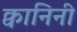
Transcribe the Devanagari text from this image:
क्वानिनी